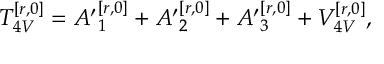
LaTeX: T _ { 4 V } ^ { [ r , 0 ] } = { A ^ { \prime } } _ { 1 } ^ { [ r , 0 ] } + { A ^ { \prime } } _ { 2 } ^ { [ r , 0 ] } + { A ^ { \prime } } _ { 3 } ^ { [ r , 0 ] } + V _ { 4 V } ^ { [ r , 0 ] } ,